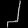
Digit: ၂